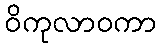
ဝိကုလာဝကာ